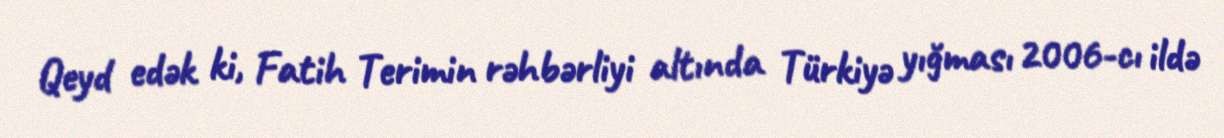
Qeyd edək ki, Fatih Terimin rəhbərliyi altında Türkiyə yığması 2006-cı ildə